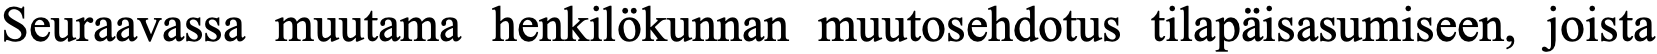
Seuraavassa muutama henkilökunnan muutosehdotus tilapäisasumiseen, joista